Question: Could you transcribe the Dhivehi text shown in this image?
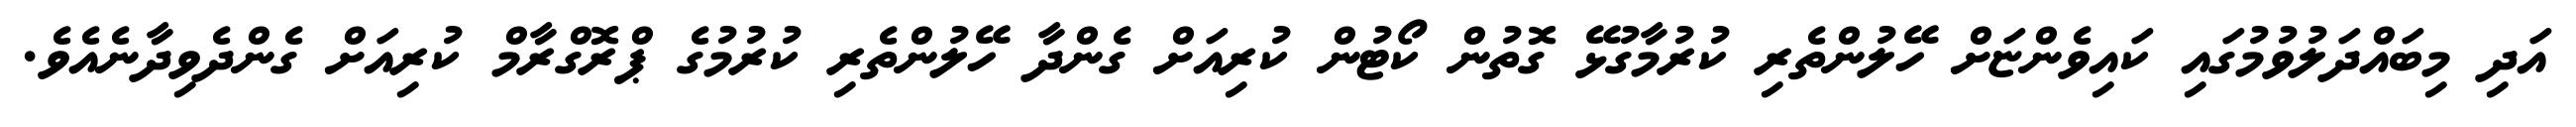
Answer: އަދި މިބައްދަލުވުމުގައި ކައިވެންޏަށް ހޭލުންތެރި ކުރުމާގުޅޭ ގޮތުން ކޯޓުން ކުރިއަށް ގެންދާ ހޭލުންތެރި ކުރުމުގެ ޕްރޮގްރާމް ކުރިއަށް ގެންދެވިދާނެއެވެ.